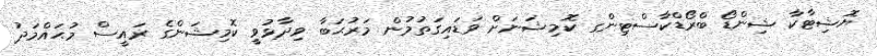
ޔޮޝިޓާކާ ޝިންޑޯ ބްރޯޑްކާސްޓިންގ ކޮމިޝަނަށް ވަޑައިގަތުމުން މަރުޙަބާ ވިދާޅުވީ ކޮމިޝަންގެ ރައީސް މުޙައްމަދު